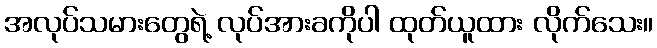
အလုပ်သမားတွေရဲ့ လုပ်အားခကိုပါ ထုတ်ယူထား လိုက်သေး။